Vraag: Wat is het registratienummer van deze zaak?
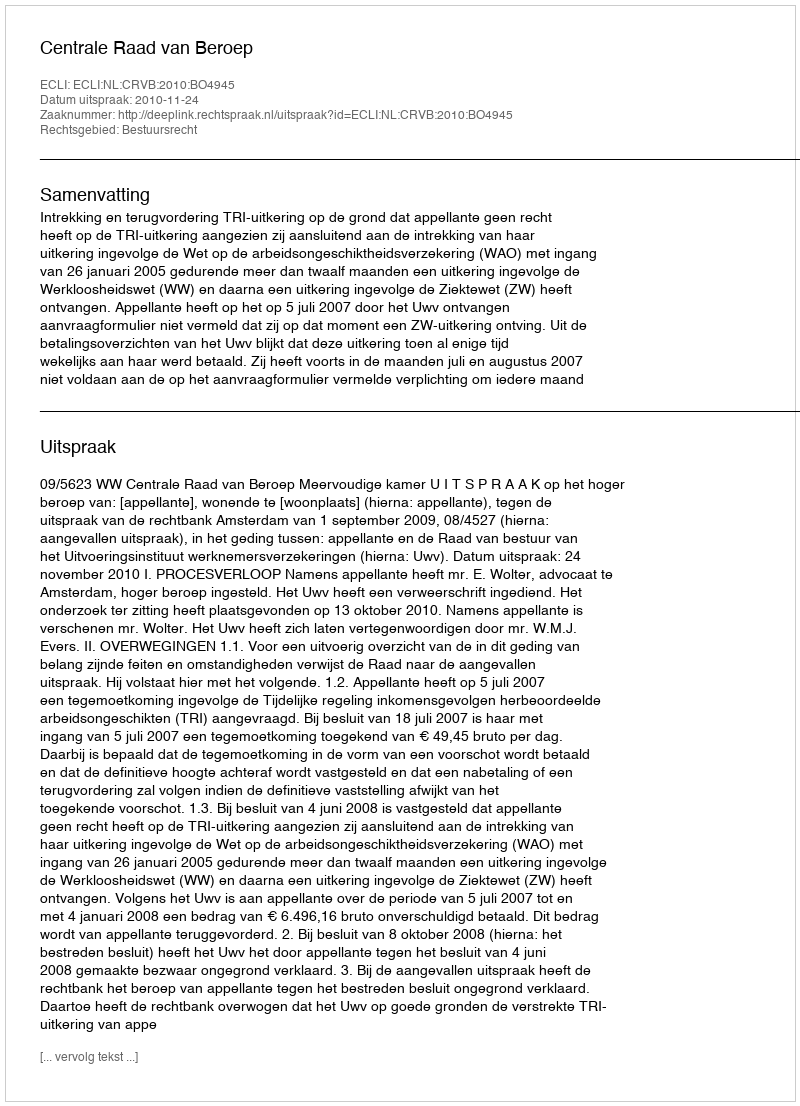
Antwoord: http://deeplink.rechtspraak.nl/uitspraak?id=ECLI:NL:CRVB:2010:BO4945